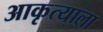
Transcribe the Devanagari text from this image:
आकृत्याला